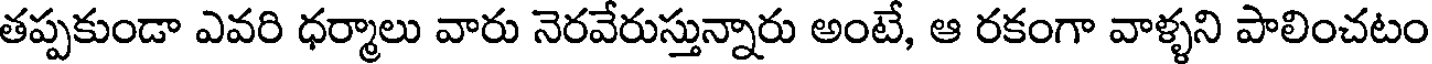
తప్పకుండా ఎవరి ధర్మాలు వారు నెరవేరుస్తున్నారు అంటే, ఆ రకంగా వాళ్ళని పాలించటం